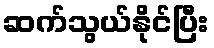
ဆက်သွယ်နိုင်ပြီး